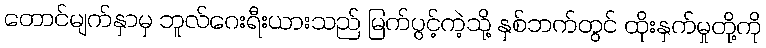
တောင်မျက်နှာမှ ဘူလ်ဂေးရီးယားသည် မြက်ပွင့်ကဲ့သို့ နှစ်ဘက်တွင် ထိုးနှက်မှုတို့ကို